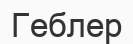
Геблер